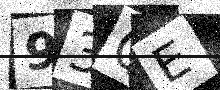
Text: 93QE